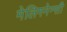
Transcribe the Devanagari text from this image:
मेलिगनेन्सी